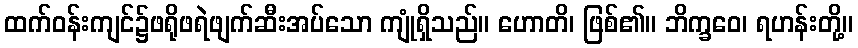
ထက်ဝန်းကျင်၌ဖရိုဖရဲဖျက်ဆီးအပ်သော ကျုံရှိသည်။ ဟောတိ၊ ဖြစ်၏။ ဘိက္ခဝေ၊ ရဟန်းတို့။